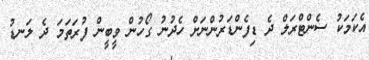
އެކަމަކު ސެންޓްރަލް ދެ ޑިފެންޑަރުންނަށް ހެދުނު ގޯހުން ވީބީން ފުރަތަމަ ދެ ލަނޑު